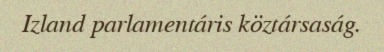
Izland parlamentáris köztársaság.